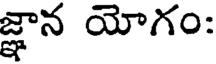
జ్ఞాన యోగం: